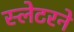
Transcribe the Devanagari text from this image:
स्लेटरने